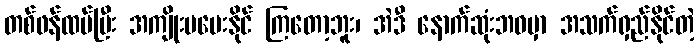
တစ်ဖန်ထပ်ပြီး အကျိုးမပေးနိုင် ကြတော့ဘူး၊ အဲဒီ နောက်ဆုံးဘဝမှာ အသက်ရှည်နိုင်တဲ့